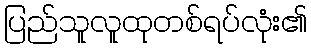
ပြည်သူလူထုတစ်ရပ်လုံး၏